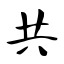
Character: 共